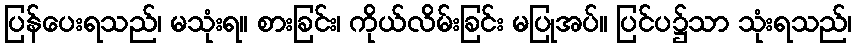
ပြန်ပေးရသည်၊ မသုံးရ။ စားခြင်း၊ ကိုယ်လိမ်းခြင်း မပြုအပ်။ ပြင်ပ၌သာ သုံးရသည်၊